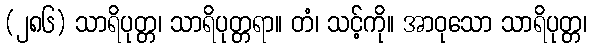
(၂၈၆) သာရိပုတ္တ၊ သာရိပုတ္တရာ။ တံ၊ သင့်ကို။ အာဝုသော သာရိပုတ္တ၊